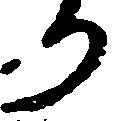
り